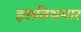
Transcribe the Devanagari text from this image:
इसतिथमार